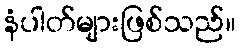
နံပါတ်များဖြစ်သည်။